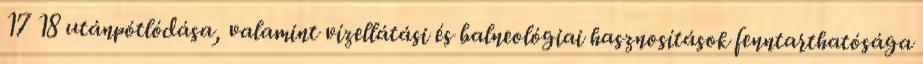
17 18 utánpótlódása, valamint vízellátási és balneológiai hasznosítások fenntarthatósága